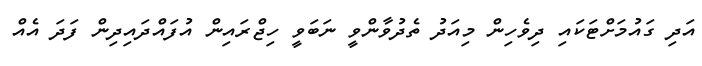
އަދި ގައުމަށްޓަކައި ދިވެހިން މިއަދު ތެދުވާންވީ ނަބަވީ ހިޖްރައިން އުފައްދައިދިން ފަދަ އެއް